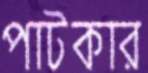
পাটকার